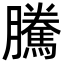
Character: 騰